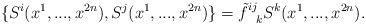
LaTeX: \begin{align*}\lbrace S^i(x^1,...,x^{2n}),S^j(x^1,...,x^{2n}) \rbrace =\tilde{f}^{ij}_{\;\;\;k} S^k(x^1,...,x^{2n}) .\end{align*}